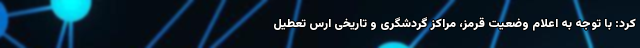
کرد: با توجه به اعلام وضعیت قرمز، مراکز گردشگری و تاریخی ارس تعطیل